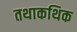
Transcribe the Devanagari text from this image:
तथाकथिक